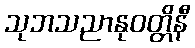
သုဘသညာနုဝတ္တိနီ